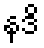
နဒိ